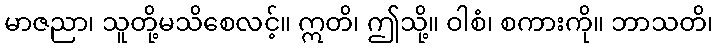
မာဇညာ၊ သူတို့မသိစေလင့်။ ဣတိ၊ ဤသို့။ ဝါစံ၊ စကားကို။ ဘာသတိ၊